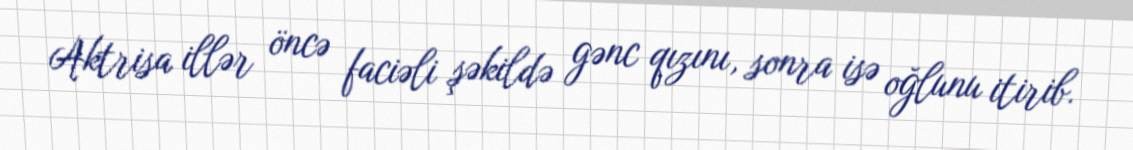
Aktrisa illər öncə faciəli şəkildə gənc qızını, sonra isə oğlunu itirib.